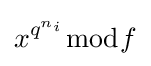
x^{q^{n_{i}}}{\bmod {f}}